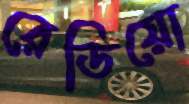
রেডিয়ো